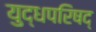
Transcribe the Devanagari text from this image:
युद्धपरिषद्